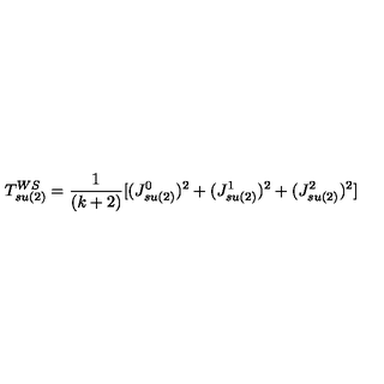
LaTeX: T _ { s u ( 2 ) } ^ { W S } = { \frac { 1 } { ( k + 2 ) } } [ ( J _ { s u ( 2 ) } ^ { 0 } ) ^ { 2 } + ( J _ { s u ( 2 ) } ^ { 1 } ) ^ { 2 } + ( J _ { s u ( 2 ) } ^ { 2 } ) ^ { 2 } ]